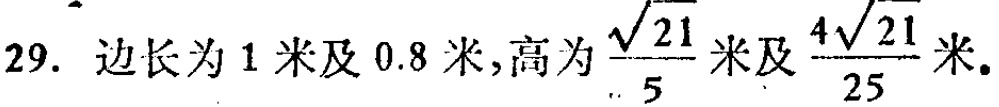
29. 边长为1米及0.8米,高为$\frac{\sqrt{21}}{5}$米及$\frac{4\sqrt{21}}{25}$米.